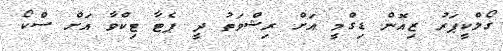
ގޯލްކީޕަރު ޒިއޮން ޑިގްމީ އަށް ރިޝްވަތު ދީ ޕެޓާ ޓިކްވާ އަށް ސްކޯ